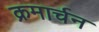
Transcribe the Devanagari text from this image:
क्रमार्चन